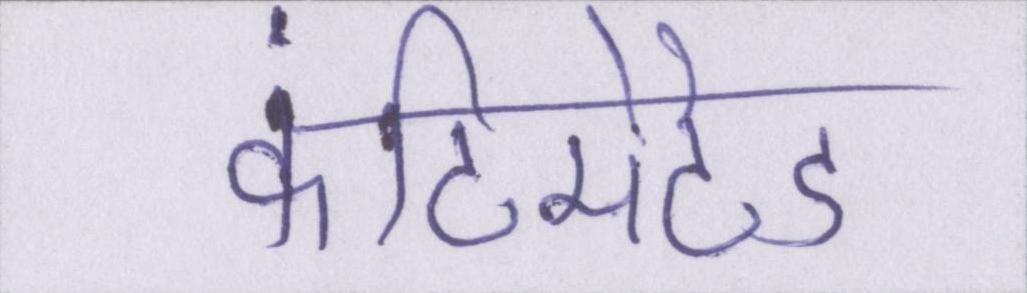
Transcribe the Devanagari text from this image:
कंटिमेटेड